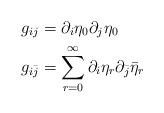
LaTeX: \begin{align*} g_{ij}&=\partial_i \eta_0\partial_j \eta_0 \\g_{i\bar{j}}&=\sum_{r=0}^{\infty} \partial_i \eta_r \partial_{\bar{j}} \bar{\eta}_r\end{align*}